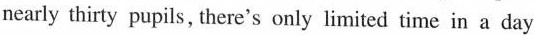
nearly thirty pupils, there's only limited time in a day